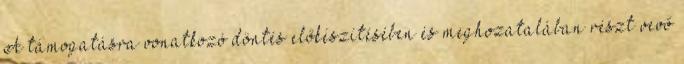
A támogatásra vonatkozó döntés előkészítésében és meghozatalában részt vevő